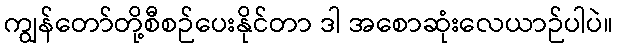
ကျွန်တော်တို့စီစဉ်ပေးနိုင်တာ ဒါ အစောဆုံးလေယာဉ်ပါပဲ။